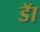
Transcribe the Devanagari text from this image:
डॅा